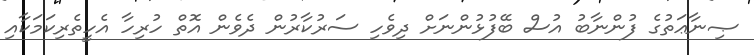
ޞިނާޢަތުގެ ފުންނާބު އުސް ބޭފުޅުންނަށް ދިވެހި ސަރުކާރުން ދެވެން އޮތް ހުރިހާ އެހީތެރިކަމަކާއި